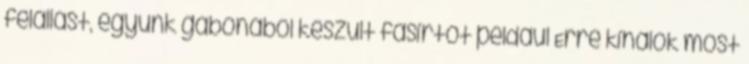
felállást, együnk gabonából készült fasírtot például Erre kínálok most